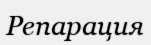
Репарация